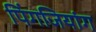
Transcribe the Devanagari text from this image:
पिंगजियांग